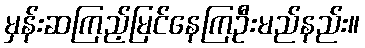
မှန်းဆကြည့်မြင်နေကြဦးမည်နည်း။